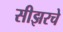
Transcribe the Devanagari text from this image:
सीझरचे